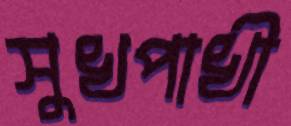
সুখপাখী